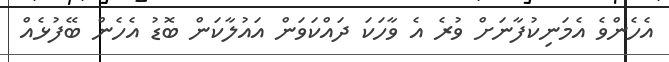
އެހެންވެ އެމަނިކުފާނަށް ވުރެ އެ ވާހަކަ ދައްކަވަން އައުލާކަން ބޮޑު އެހެން ބޭފުޅެއް